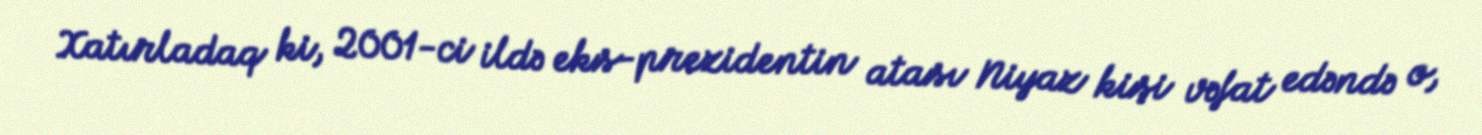
Xatırladaq ki, 2001-ci ildə eks-prezidentin atası Niyaz kişi vəfat edəndə o,